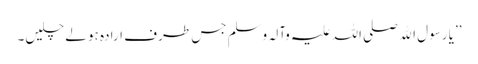
’’یا رسول اﷲ صلی اللہ علیہ وآلہ وسلم جس طرف ارادہ ہو لے چلیں۔